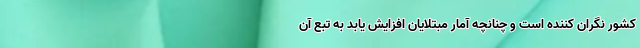
کشور نگران کننده است و چنانچه آمار مبتلایان افزایش یابد به تبع آن